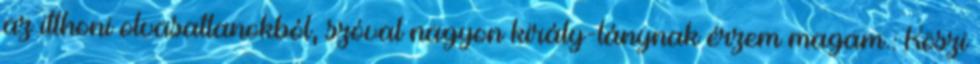
az itthoni olvasatlanokból, szóval nagyon király-lánynak érzem magam.: Köszi